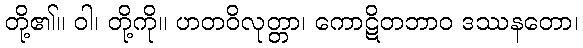
တို့၏။ ဝါ၊ တို့ကို။ ဟတဝိလုတ္တာ၊ ကောဋိတဘာဝ ဒဿနတော၊